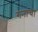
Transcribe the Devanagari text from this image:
गनांचा